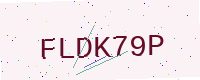
Text: FLDK79P